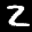
Label: 2